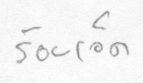
ร้อยเอ็ด